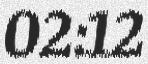
02:12